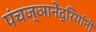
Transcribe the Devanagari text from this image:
पंचज्ञानेंद्रियांनी